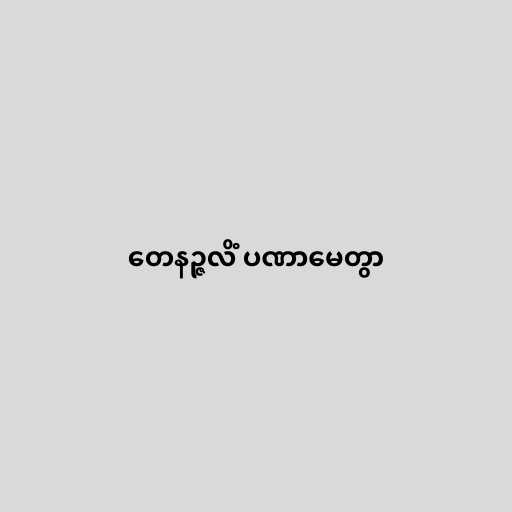
တေနဉ္ဇလိံ ပဏာမေတွာ